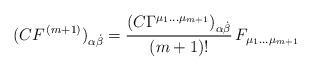
LaTeX: \begin{align*}(C{ F}^{\,(m+1)})_{\alpha{\dot{\beta}}} =\frac{\left( C \Gamma^{{\mu_1} \dots{\mu}_{m+1}} \right)_{\alpha{\dot{\beta}}}}{ (m+1)!} \,F_{\mu_1 \dots \mu_{m+1}}\end{align*}